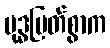
ဗုဒ္ဓမြတ်စွာက